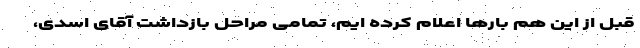
قبل از این هم بارها اعلام کرده ایم، تمامی مراحل بازداشت آقای اسدی،